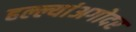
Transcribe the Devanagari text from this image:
हल्ल्यांअगोदर